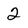
Character: 2